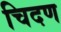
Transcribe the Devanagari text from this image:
चिदण